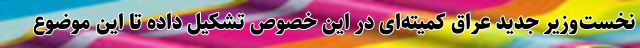
نخست‌وزیر جدید عراق کمیته‌ای در این خصوص تشکیل داده تا این موضوع